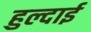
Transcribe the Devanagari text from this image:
हुल्दाई